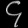
Digit: ၄